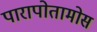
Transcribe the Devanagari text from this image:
पारापोतामोस